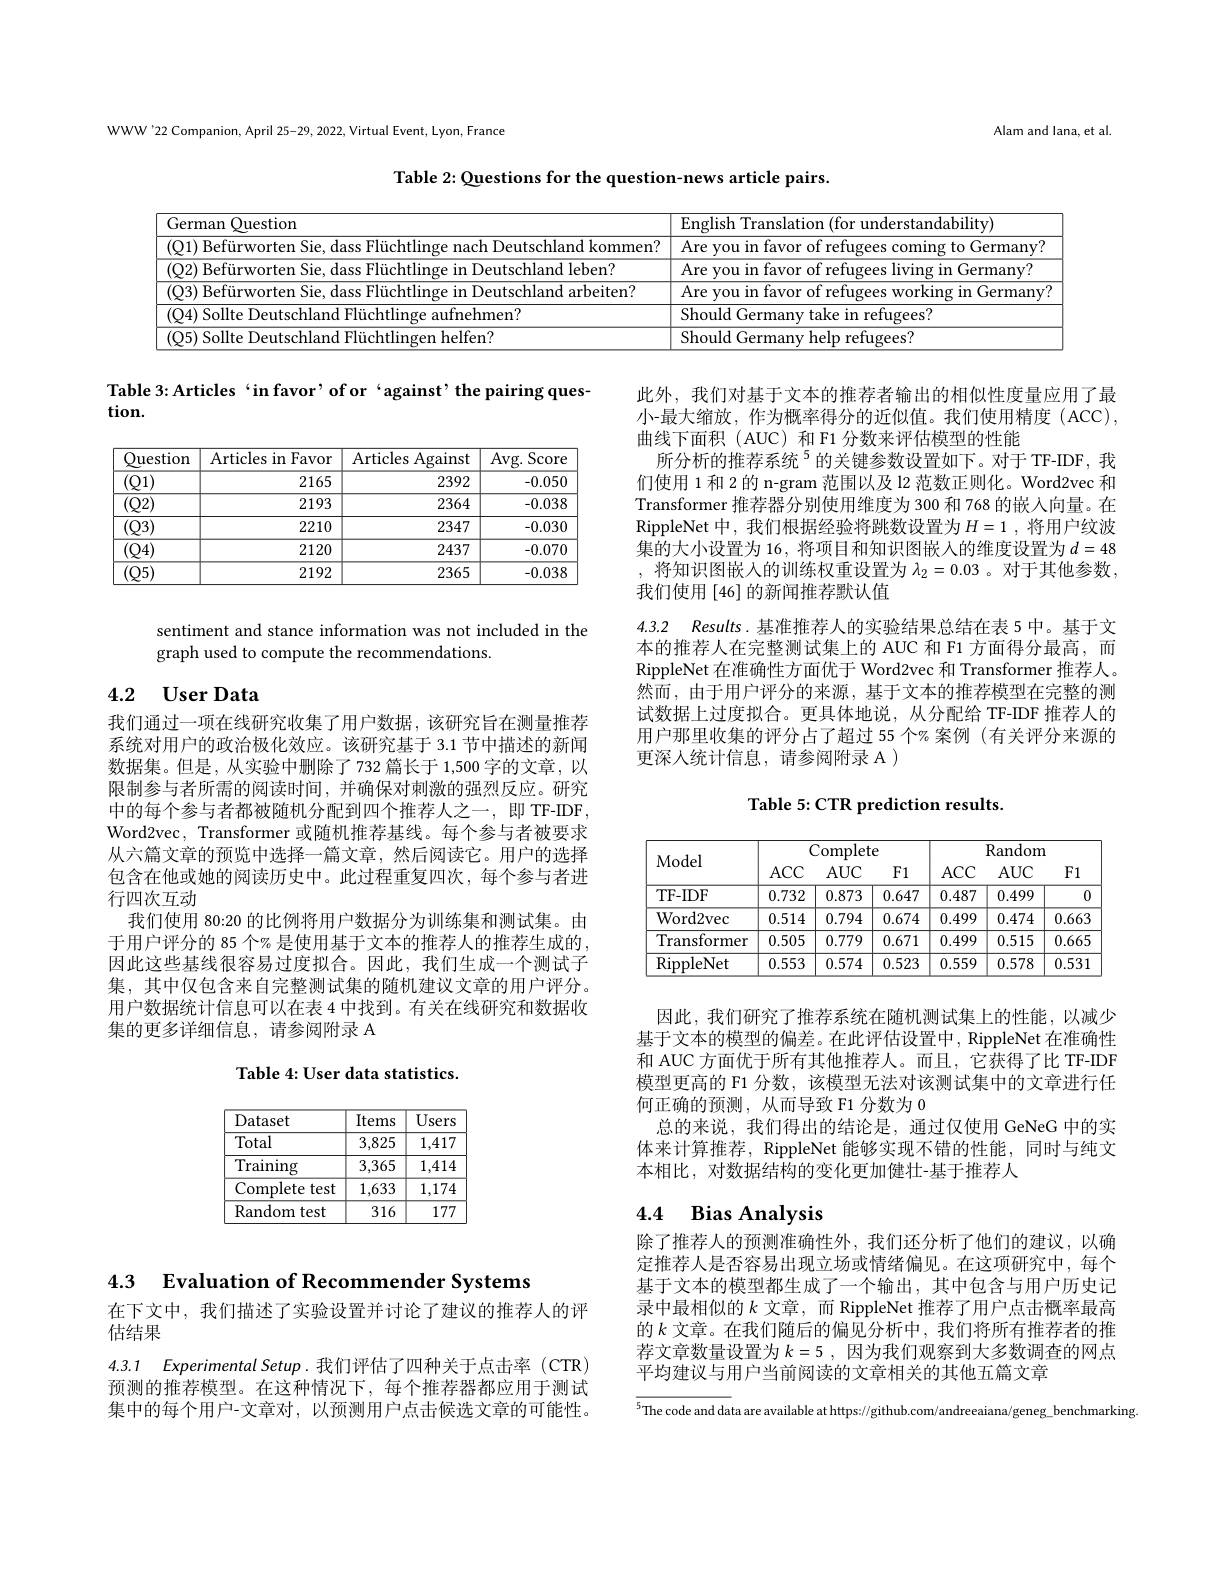
WWW'22 Companion, April 25-29, 2022, Virtual Event, Lyon, France

Alam and lana, et al

Table 2: Questions for the question-news article pairs

<table>
	<tbody>
		<tr>
			<td>German Question</td>
			<td>rlisk andabilitv $F.ns$</td>
		</tr>
		<tr>
			<td>nmen'</td>
			<td>$1\boldsymbol{m}^{\cdot}$</td>
		</tr>
		<tr>
			<td>d leben?</td>
			<td> </td>
		</tr>
		<tr>
			<td>-h|an arbeiten?</td>
			<td> </td>
		</tr>
		<tr>
			<td>14 Sollta aufnehmen?</td>
			<td>Should $({:}\rho rm$ retupees?</td>
		</tr>
		<tr>
			<td>15 gen helfen? </td>
			<td>Should refugees? $(\dot{\mathbf{v}}\boldsymbol{\rho}rm)$ heln</td>
		</tr>
	</tbody>
</table>

Table 3: Articles‘in favor’ of or‘against’ the pairing ques-
tion.

此外，我们对基于文本的推荐者输出的相似性度量应用了最小-最大缩放，作为概率得分的近似值。我们使用精度(ACC), 曲线下面积( AUC) 和 F1 分数来评估模型的性能
所分析的推荐系统$^{5}$的关键参数设置如下。对于 TF-IDF, 我们使用 1 和 2 的 n-gram 范围以及 12 范数正则化。Word2vec 和Transformer 推荐器分别使用维度为 300 和 768 的嵌入向量。在RippleNet 中，我们根据经验将跳数设置为$H= 1$ , 将用户纹波集的大小设置为 16, 将项目和知识图嵌人的维度设置为$d=48$ , 将知识图嵌入的训练权重设置为 $\lambda_2=0.03$ 。对于其他参数， 我们使用[46]的新闻推荐默认值

<table>
	<tbody>
		<tr>
			<th>Question</th>
			<th>Articles in $\textbf{Favor}$</th>
			<th>Articles Against</th>
			<th>Avg. Score</th>
		</tr>
		<tr>
			<td>(Q1)</td>
			<td>2165</td>
			<td>2392</td>
			<td>-0.050</td>
		</tr>
		<tr>
			<td>$(\mathbb{Q}2)$</td>
			<td>2193</td>
			<td>2364</td>
			<td>-0.038</td>
		</tr>
		<tr>
			<td>$(\mathbb{Q}3)$</td>
			<td>2210</td>
			<td>2347</td>
			<td>-0.030</td>
		</tr>
		<tr>
			<td>(Q4)</td>
			<td>2120</td>
			<td>2437</td>
			<td>-0.070</td>
		</tr>
		<tr>
			<td>(Q5)</td>
			<td>2192</td>
			<td>2365</td>
			<td>-0.038</td>
		</tr>
	</tbody>
</table>

4.3.2 Results.基准推荐人的实验结果总结在表 5 中。基于文

sentiment and stance information was not included in the
graph used to compute the recommendations.

# 4.2 User Data

本的推荐人在完整测试集上的 AUC 和 F1 方面得分最高，而RippleNet 在准确性方面优于 Word2vec 和 Transformer 推荐人。然而，由于用户评分的来源，基于文本的推荐模型在完整的测试数据上过度拟合。更具体地说，从分配给 TF-IDF 推荐人的用户那里收集的评分占了超过 55 个% 案例 (有关评分来源的更深人统计信息，请参阅附录 A )

Table 5: CTR prediction results.

我们通过一项在线研究收集了用户数据，该研究旨在测量推荐系统对用户的政治极化效应。该研究基于 3.1 节中描述的新闻数据集。但是，从实验中删除了732 篇长于 1,500 字的文章，以限制参与者所需的阅读时间，并确保对刺激的强烈反应。研究中的每个参与者都被随机分配到四个推荐人之一，即 TF-IDF, Word2vec, Transformer 或随机推荐基线。每个参与者被要求从六篇文章的预览中选择一篇文章，然后阅读它。用户的选择包含在他或她的阅读历史中。此过程重复四次，每个参与者进行四次互动
我们使用 80:20 的比例将用户数据分为训练集和测试集。由于用户评分的 85 个% 是使用基于文本的推荐人的推荐生成的， 因此这些基线很容易过度拟合。因此，我们生成一个测试子集，其中仅包含来自完整测试集的随机建议文章的用户评分。用户数据统计信息可以在表 4 中找到。有关在线研究和数据收集的更多详细信息，请参阅附录 A

<table>
	<tbody>
		<tr>
			<th rowspan="2">Model</th>
			<th colspan="3">Complete</th>
			<th colspan="3">Random</th>
		</tr>
		<tr>
			<th>$ACC$</th>
			<th>$AUC$</th>
			<th>F1</th>
			<th>$ACC$</th>
			<th>$AUC$</th>
			<th>F1</th>
		</tr>
		<tr>
			<td>TF- IDF</td>
			<td>0.732</td>
			<td>0.873</td>
			<td>0.647</td>
			<td>0.487</td>
			<td>0.499</td>
			<td> </td>
		</tr>
		<tr>
			<td>Word2vec</td>
			<td>0.514</td>
			<td>0.794</td>
			<td>0.674</td>
			<td>0.499</td>
			<td>0.474</td>
			<td>0.663</td>
		</tr>
		<tr>
			<td>Transformer</td>
			<td>0.505</td>
			<td>0.779</td>
			<td>0.671</td>
			<td>0.499</td>
			<td>0.515</td>
			<td>0.665</td>
		</tr>
		<tr>
			<td>RippleNet</td>
			<td>0.553</td>
			<td>0.574</td>
			<td>0.523</td>
			<td>0.559</td>
			<td>0.578</td>
			<td>0.531</td>
		</tr>
	</tbody>
</table>

Table 4: User data statistics.

因此，我们研究了推荐系统在随机测试集上的性能，以减少基于文本的模型的偏差。在此评估设置中，RippleNet 在准确性和 AUC 方面优于所有其他推荐人。而且，它获得了比 TF-IDF 模型更高的 F1 分数，该模型无法对该测试集中的文章进行任何正确的预测，从而导致 F1 分数为0
总的来说，我们得出的结论是，通过仅使用 GeNeG 中的实体来计算推荐，RippleNet 能够实现不错的性能，同时与纯文本相比，对数据结构的变化更加健壮-基于推荐人

<table>
	<tbody>
		<tr>
			<th>Dataset</th>
			<th>Items</th>
			<th>Users</th>
		</tr>
		<tr>
			<td>Total</td>
			<td>3,825</td>
			<td>1,417</td>
		</tr>
		<tr>
			<td>$\operatorname{Training}$</td>
			<td>3,365</td>
			<td>1,414</td>
		</tr>
		<tr>
			<td>Complete test</td>
			<td>1,633</td>
			<td>1,174</td>
		</tr>
		<tr>
			<td>Random test</td>
			<td>316</td>
			<td>177</td>
		</tr>
	</tbody>
</table>

# 4.4 Bias Analysis

4.3 Evaluation of Recommender Systems

除了推荐人的预测准确性外，我们还分析了他们的建议，以确定推荐人是否容易出现立场或情绪偏见。在这项研究中，每个基于文本的模型都生成了一个输出，其中包含与用户历史记录中最相似的$k$ 文章，而 RippleNet 推荐了用户点击概率最高的$k$ 文章。在我们随后的偏见分析中，我们将所有推荐者的推荐文章数量设置为$k=5$,因为我们观察到大多数调查的网点平均建议与用户当前阅读的文章相关的其他五篇文章

在下文中，我们描述了实验设置并讨论了建议的推荐人的评
## 估结果

4.3.1 $ExperimentalSetup.$我们评估了四种关于点击率(CTR) 预测的推荐模型。在这种情况下，每个推荐器都应用于测试集中的每个用户-文章对，以预测用户点击候选文章的可能性。

$\overline{^{5}\text{The code and data are available at https://github.com/andreeaiana/geneg}_{-}\text{benchmarking}}$